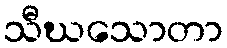
သီဃသောတာ